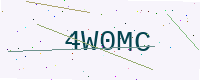
Text: 4W0MC